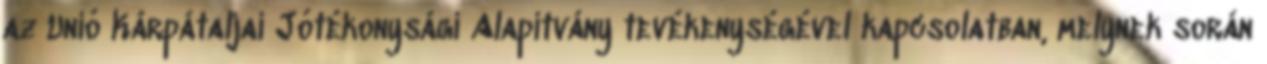
az Unió Kárpátaljai Jótékonysági Alapítvány tevékenységével kapcsolatban, melynek során